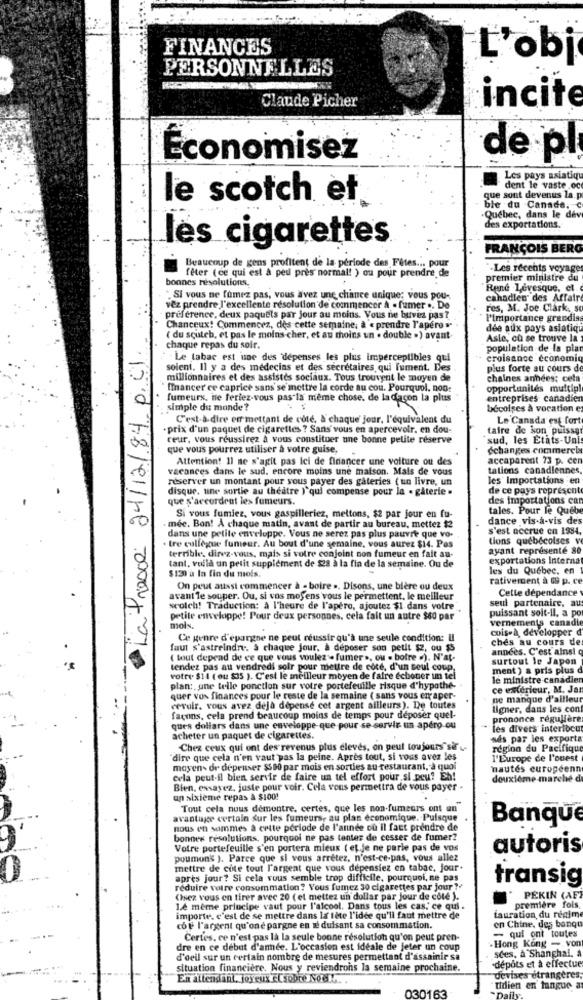
FINANCES
L'obj
PERSONNELLES
Claude Picher
incit
Économisez
de pl
Les pays asiatique
dent le vaste .oc
le scotch et
que sont devenus la. p
ble du Canada, C
-Québec, dans le dev
des exportations.
les cigarettes
FRANÇOIS BERG
Beaucoup de gens profitent de la période des Fêtes ... pour
-Les recents voyage
bonnes résolutions.
fêter (ce qui est à peu près normal! ) ou pour prendre de
premier ministre du
René Lévesque, et
" SI vous ne fumez pas, vous avez une chance unique; vous pou-
canadien des Affaire
vez prendre l'excellente résolution de commencer A . fumer .. De
res, M. Joe Clark, so
preference, deux paquets par jour au moins. Vous ne buvez pas?
l'importance grandias
Chanceux! Commencez, dès cette semaine; à « prendre l'apéro »
dee aux pays asiatique
La Preace 24/12/84. p.cl.
( du scuteb, et pas le moins cher, et au moins un . double .) avant-
Asle, ch se trouve la
chaque repas du soir.
population de la plan
- Le tabac est une des dépenses les plus imperceptibles qui
croisance economic
soient. Il y a des médecins et des secrétaires qui fumerit. Des
plus forte au cours de
millionnaires et des assistés sociaux. Tous trouverit le moyen de
chaines années; cela
financer ce caprice sans' se mettre la corde au cou. Pourquoi. non:
opportunités multipl
fumeurs, ne feriez-vous pas la même chose. de ladacon la plus
entreprises canadien
simple du monde?
bécoises à vocation e
C'est-à-dire en mettant de cote, & chaque jour, l'équivalent du
Le'Canada est fort
prix d'un paquet de cigarettes ? Sans' vous en apercevoir. en dou-
taire de son puisser
ceur, vous réussirez à vous constituer une bonne petite réserve
sud, les Etats-Unis
que vous pourrez utiliser à votre guise,
Schanges commercla
Attention! Il ne s'agit pas Ici de financer une voiture ou des
accaparent 73 p. cen
vacances dans le sud, encore moins une maison. Mais de vous
tations canadiennes,
réserver un montant pour sous payer des gâteries ( un livre, un
les Importations en
disque. une sortie au theatre ) qui compense pour la . gâterie .
de ce pays represent
que s'accordent les fumeurs.
des importations can
tales. Pour le Quebe
Si vous fumiez, vous gaspilleriez, mettons, $2 par jour en fu-
dance vis-à-vis de's
mee. Bon! A chaque matin, avant de partir au bureau, mettez $2
s'est accrue en 1984.
dans une petite enveloppe. Vous ne serez pas plus pauvre que vo-
tions quebécoises v
tre collègue fumeur. Au bout d'une semaine, vous aurez $14. Pas
terrible, direz-vous, mais si votre conjoint non fumeur en fait au-
ayant représenté 80
exportations interna
tant, voilà un petit supplément de $28 à la fin de la semaine. Ou de
les du Quebec, en
$130'à la fin du mois.
rativercent à 69 p. ce
On peut aussi commencer à - boire .. Disons, une bière ou deux
Celle dépendance
avant Te souper. Ou, si vos moSens vous le permettent, le meilleur
seul partenaire, au
scolch! Traduction: à l'heure de l'apéro, ajoutez $1 dans votre
puissant soit-il, a po
petite enveloppe! Pour deux personnes, cela fait un autre $60 par
vernements canadie
.
mois.
cois-à développer d'
Ce genre d'épargne ne peut réussir qu'à une seule condition: Il
ches au cours de
faut s'astreindn. à chaque jour, à déposer son petit sz, ou $5
années. C'est ainsi
( tout depead de ce que vous voulez - fumer », ou . botre .). N'at-
surtout le Japon
tendez pas au vendredi soir pour mettre de coce, d'un seul coup.
ment ) a pris plus d
--
votre. $14 ( ou $35 ). C'est le meilleur moyen de faire échouer un tel
le ministre canadien
plan: une telle ponction sur votre portefeuille risque d'hypothe- .
ce extérieur, M. Jar
quer vos finances pour le reste de la semaine ( sans vous eraper-
ne manque d'ailleur
revulr. vous avez déjà dépensé cet argent ailleurs). De toutes
ligner, dans les con
façons, cela prend beaucoup moins de temps pour deposer quel-
prononce régulière
ques dollars dans une enveloppe que pour se servir un apéro ou
les divers interlocu
acheter un paquet de cigarettes.
sés par les exporta
Chez ceux qui ont des revenus plus cleves, on peut toujours" sir
region du Pacifique
"dire que cela n'en vaut pas la peine. Après tout, si vous avez les
l'Europe de l'ouest
moyen- de depenser $580 par mois en sorties au restaurant, à quoi
nautes européenne
cela peut-il bien servir de faire un tel effort pour si peu? Eh!
deuxième marche d
Bien, essayez, juste pour voir. Cela vous permettra de vous payer -
un sixième repas à $100!
Tout cela nuus demontre. certes, que les non-fumeurs ont un
avantage certain sur les fumeurs, au plan économique. Puisque
Banque
nous en sommes à cette période de l'année où il faut prendre de
bonnes résolutions, pourquoi ne pas tenter de cesser de fumer?
Votre portefeuille s'en portera mieux ( et.je ne parle pas de vos
autoris
poumons ). Parce que si vous arrêtez, n'est-ce-pas, vous allez
mettre de cote tout l'argent que vous depensiez en tabac, jour.
après jour? Si cela vous semble trop difficile, pourquoi, ne pas
transig
réduire votre consommation? Vous fumez 30 cigarettes par jour ??
(Isez vous en tirer avec 20 ( et mettez un dollar par jour de cote ).
PEKIN (AFF
Le même principe vaut pour l'alcool. Dans tous les cas,' ce qui .
première fois.
importe, c'est de se mettre dans la tete l'idée qu'il faut mettre de
tauration du regime
coe l'argent qu'one pargne en réduisant sa consommation.
en Chine, des banqu
Certes, ce n'est pas là la seule boone résolution qu'on peut pren-
. Hong Kong - von
- qui ont toutes
dre en ce début d'année. L'occasion est idéale de jeter un coup
sces, à Shanghai, a
d'oeil sur un certain nombre de mesures permettant d'assainir sa
dépôts et à effectue
situation financière. Nous y reviendrons la semaine prochaine.
En attendant, joyeux Elsobre Sock.
devises étrangères,
030163
tidien en tangue a